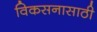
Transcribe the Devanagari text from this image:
विकसनासाठी